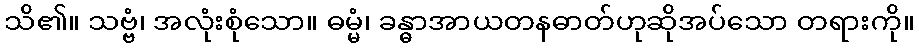
သိ၏။ သဗ္ဗံ၊ အလုံးစုံသော။ ဓမ္မံ၊ ခန္ဓာအာယတနဓာတ်ဟုဆိုအပ်သော တရားကို။